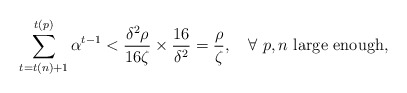
\begin{align*}\sum_{t=t(n)+1}^{t(p)}\alpha^{t-1}< \frac{\delta^2\rho}{16 \zeta}\times\frac{16}{\delta^2}=\frac{\rho}{\zeta},\ \ \mbox{ $\forall \ p,n$ large enough},\end{align*}